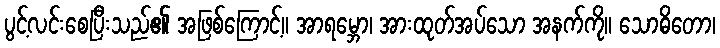
ပွင့်လင်းစေပြီးသည်၏ အဖြစ်ကြောင့်။ အာရမ္ဘော၊ အားထုတ်အပ်သော အနက်ကို။ သောဓိတော၊